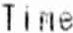
TIME